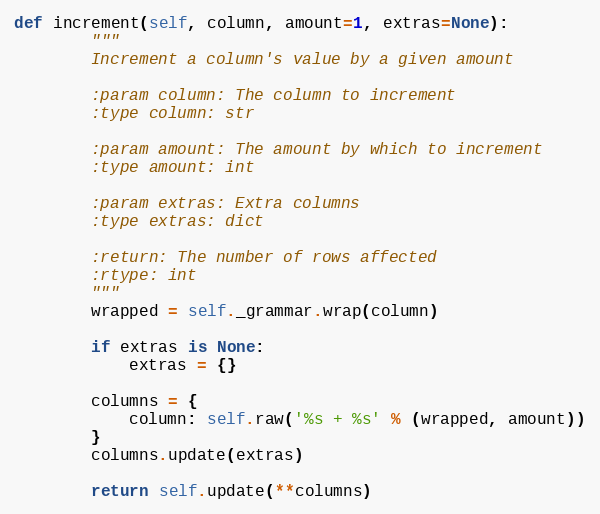
Language: Python
def increment(self, column, amount=1, extras=None):
        """
        Increment a column's value by a given amount

        :param column: The column to increment
        :type column: str

        :param amount: The amount by which to increment
        :type amount: int

        :param extras: Extra columns
        :type extras: dict

        :return: The number of rows affected
        :rtype: int
        """
        wrapped = self._grammar.wrap(column)

        if extras is None:
            extras = {}

        columns = {
            column: self.raw('%s + %s' % (wrapped, amount))
        }
        columns.update(extras)

        return self.update(**columns)